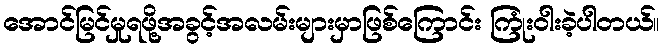
အောင်မြင်မှုရဖို့အခွင့်အလမ်းများမှာဖြစ်ကြောင်း ကြုံးဝါးခဲ့ပါတယ်။